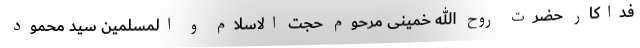
فداکار حضرت روح الله خمینی مرحوم حجت الاسلام و المسلمین سید محمود